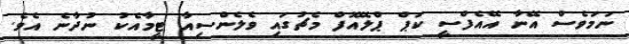
ނަމަވެސް އޭނާ އޭއެފްސީ ކަޕް ޕްލޭއޮފް މެޗުގައި ވެލެންސިއާ ޓީމާއެކު ނުދާނެ އެވެ.